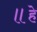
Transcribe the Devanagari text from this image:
॥हे